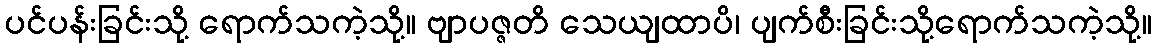
ပင်ပန်းခြင်းသို့ ရောက်သကဲ့သို့။ ဗျာပဇ္ဇတိ သေယျထာပိ၊ ပျက်စီးခြင်းသို့ရောက်သကဲ့သို့။